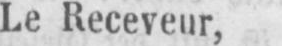
Le Receveur,